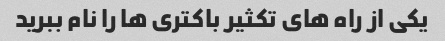
یکی از راه های تکثیر باکتری ها را نام ببرید